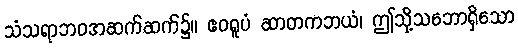
သံသရာဘဝအဆက်ဆက်၌။ ဧဝရူပံ ဆာတကဘယံ၊ ဤသို့သဘောရှိသော